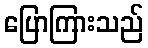
ပြောကြားသည်